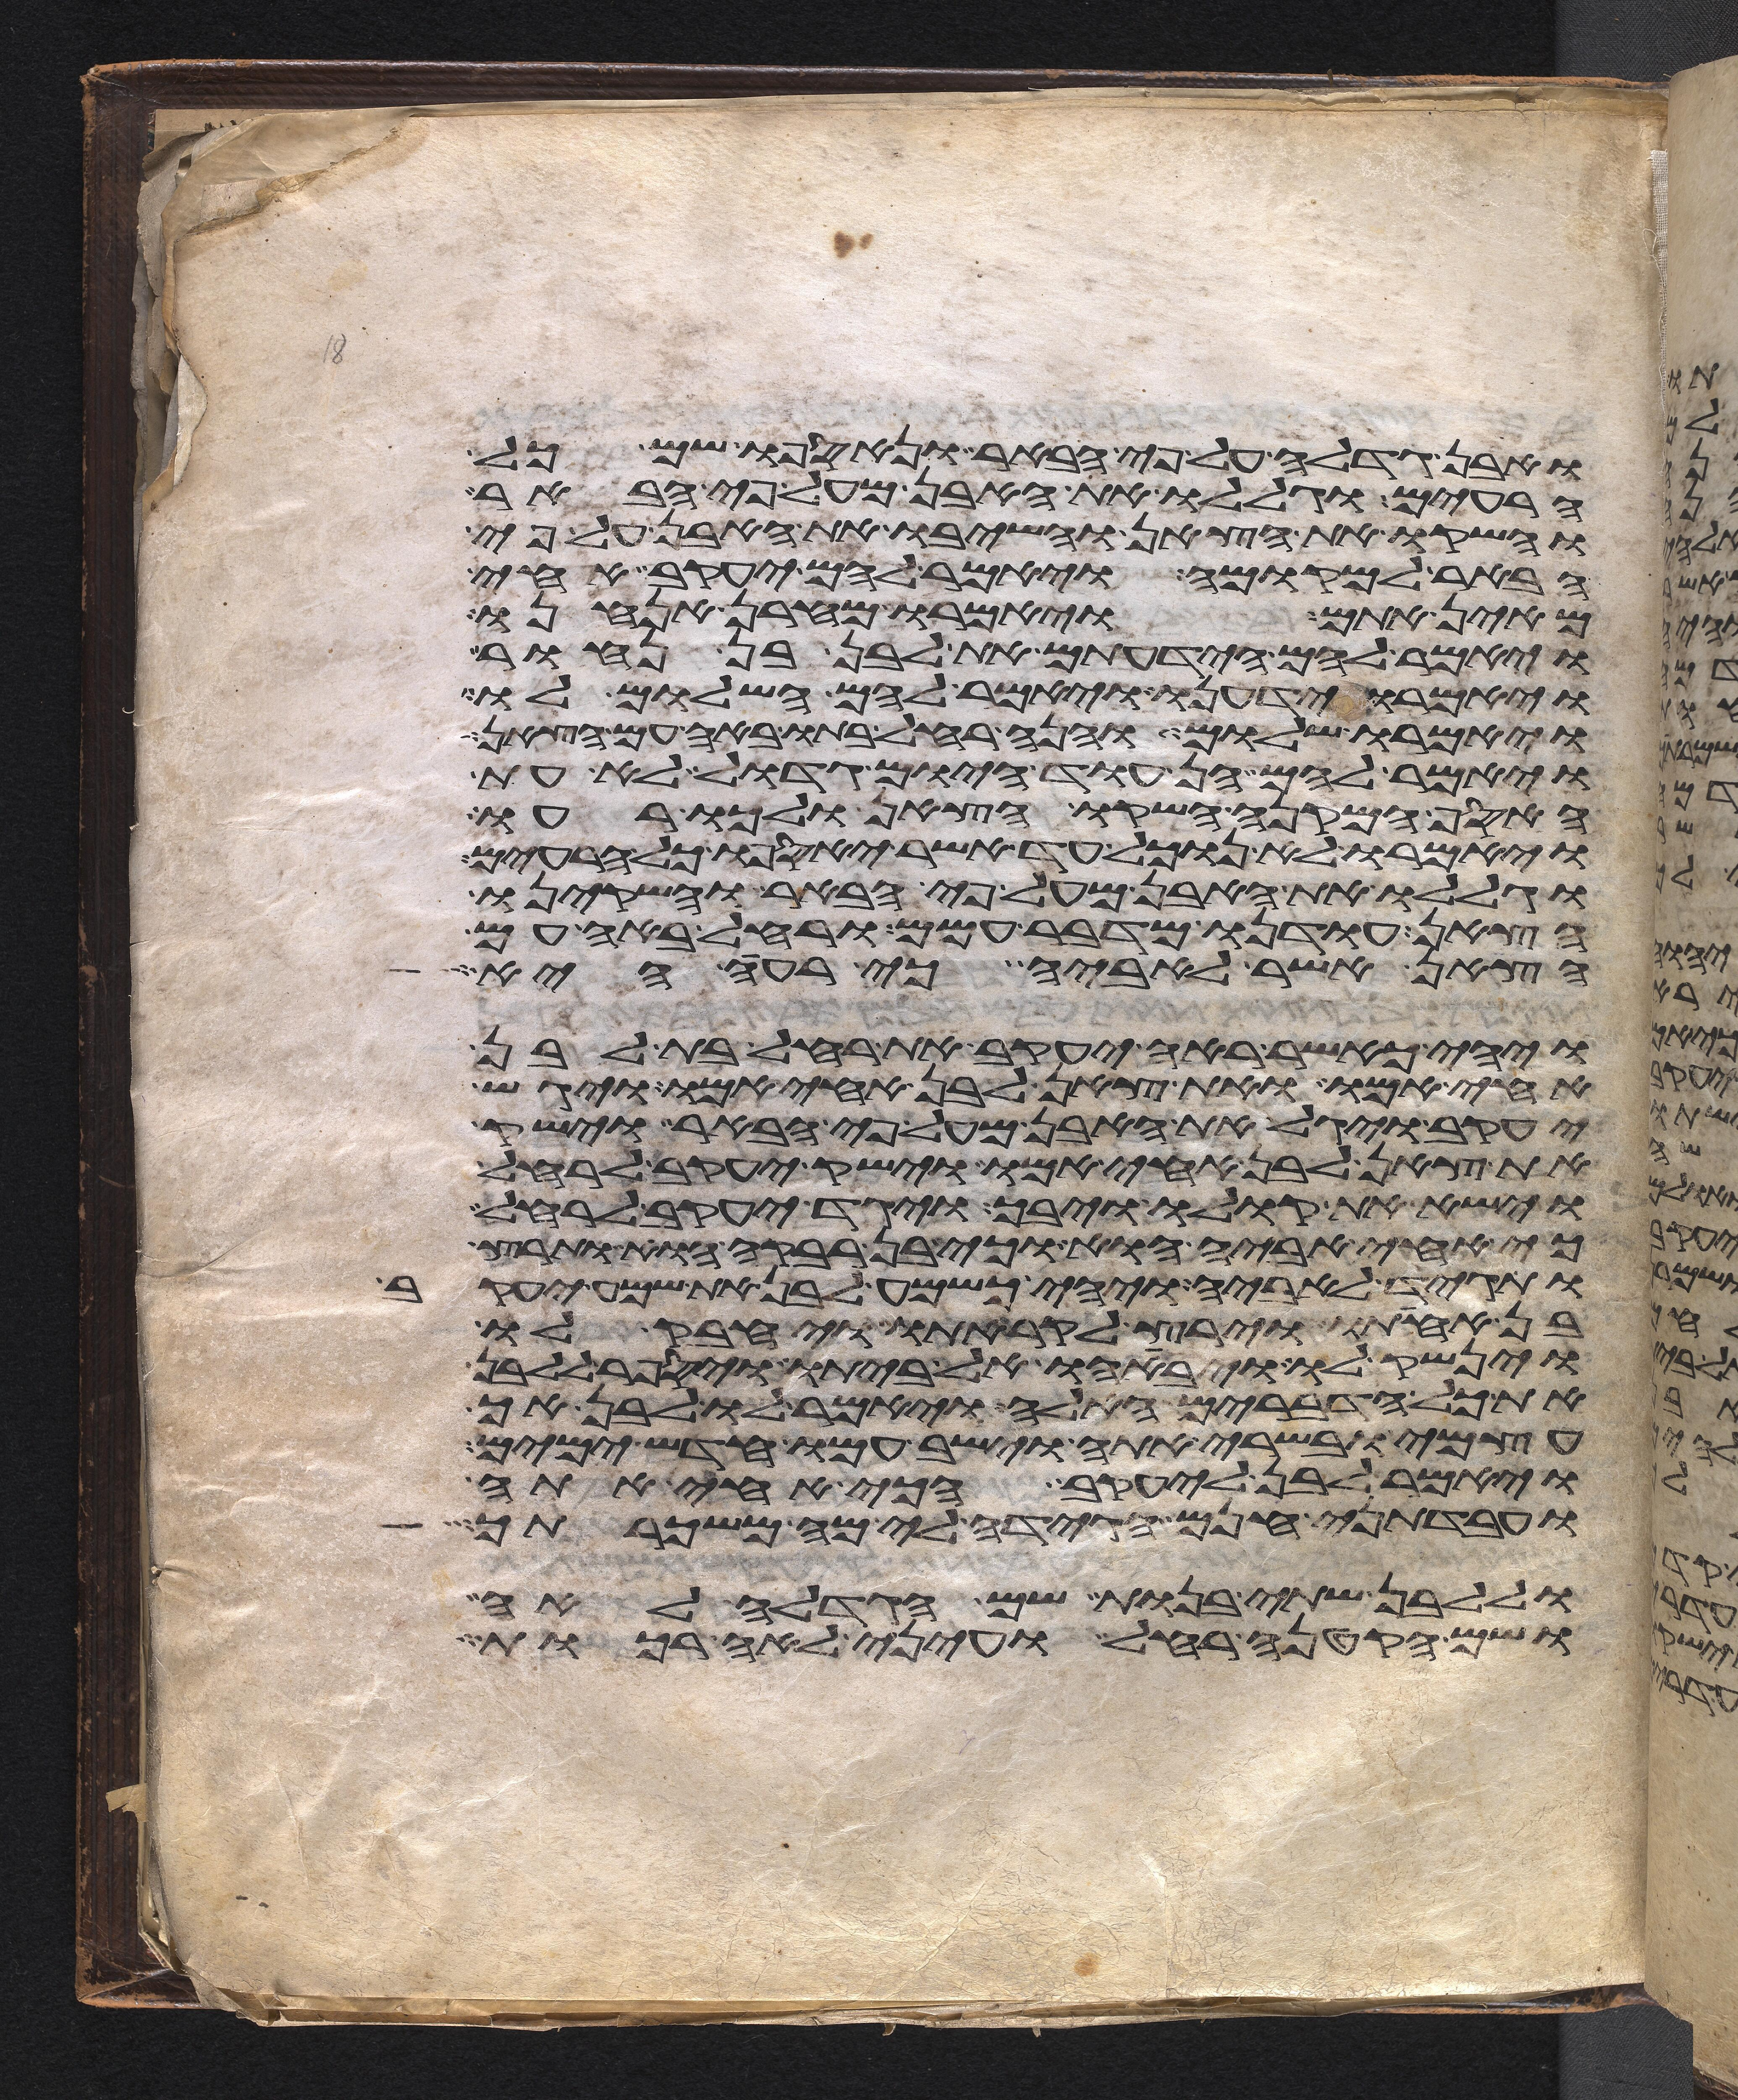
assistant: ואבן גדלה על פי הבאר ונאספו שם כל
הרעים וגללו את האבן מעל פי הבאר
והשקו את הצאן והשיבו את האבן על פי
הבאר למקומה ויאמר להם יעקב אחי
מאין אתם ויאמרו מחרן אנחנו
ויאמר להם הידעתם את לבן בן נחור
ויאמרו ידענו ויאמר להם השלום לו
ויאמרו שלום והנה רחל בתו באה עם הצאן
ויאמר להם הן עוד היום גדול לא עת
האסף המקנה השקו הצאן ולכו רעו
ויאמרו לא נוכל עד אשר יאספו כל הרעים
וגללו את האבן מעל פי הבאר והשקינו
הצאן עודנו מדבר עמם ורחל באה עם
הצאן אשר לאביה כי רעה היא
ויהי כאשר ראה יעקב את רחל בת לבן
אחי אמו ואת צאן לבן אחי אמו ויגש
יעקב ויגל את האבן מעל פי הבאר וישק
את צאן לבן אחי אמו וישק יעקב לרחל
וישא את קולו ויבך ויגד יעקב לרחל
כי אחי אביה הוא וכי בן רבקה הוא ותרץ
ותגד לאביה ויהי כשמע לבן את שמע יעקב
בן אחותו וירץ לקראתו ויחבק לו
וינשק לו ויביאהו אל ביתו ויספר ללבן
את כל הדברים האלה ויאמר לו לבן אך
עצמי ובשרי אתה וישב עמו חדש ימים
ויאמר לבן ליעקב הכי אחי אתה
ועבדתני חנם הגידה לי מה משכרתך
וללבן שתי בנות שם הגדלה לאה
ושם הקטנה רחל ועיני לאה רכות